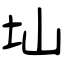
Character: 圸